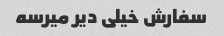
سفارش خیلی دیر میرسه